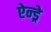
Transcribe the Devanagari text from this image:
ऐन्ड्रे